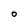
Character: O